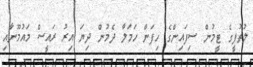
ލުތުފީގެ ޓީމުން ސިފައިންގެ ހިފަން ހަމަލާ ދެމުން ދިޔަ އިރު ރައީސް މައުމޫނާއި